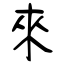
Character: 來